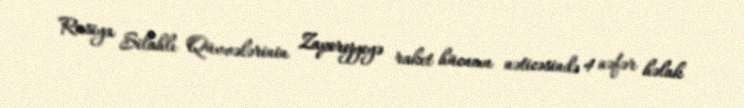
Rusiya Silahlı Qüvvələrinin Zaporojyeyə raket hücumu nəticəsində 4 nəfər həlak